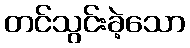
တင်သွင်းခဲ့သော